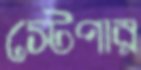
স্টেপার